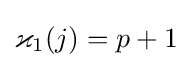
\varkappa _{1}(j)=p+1